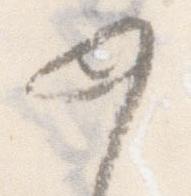
如